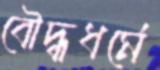
বৌদ্ধধর্মে